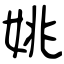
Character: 姚